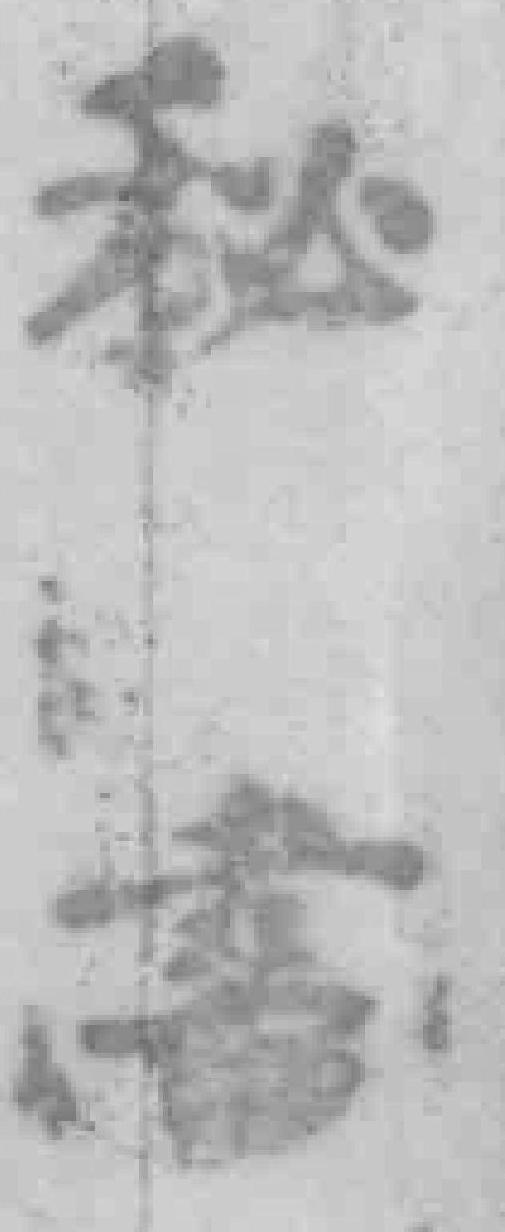
秘書